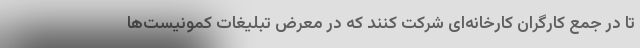
تا در جمع کارگران کارخانه‌ای شرکت کنند که در معرض تبلیغات کمونیست‌ها